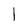
Character: 1